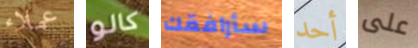
عملاء كالو سأرافقك أحد على